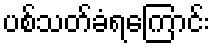
ပစ်သတ်ခံရကြောင်း